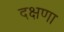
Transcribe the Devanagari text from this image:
दक्षणा